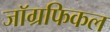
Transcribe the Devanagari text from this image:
जाॅग्रफिकल